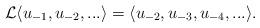
LaTeX: \begin{align*}\mathcal{L} \langle u_{-1}, u_{-2}, ... \rangle = \langle u_{-2}, u_{-3}, u_{-4}, ... \rangle.\end{align*}